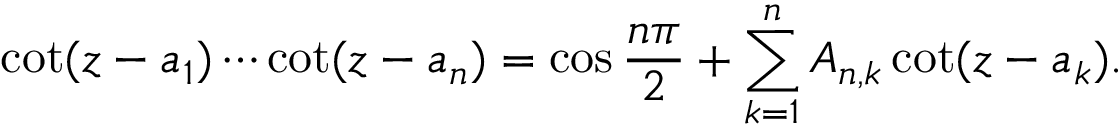
\cot ( z - a _ { 1 } ) \cdots \cot ( z - a _ { n } ) = \cos { \frac { n \pi } { 2 } } + \sum _ { k = 1 } ^ { n } A _ { n , k } \cot ( z - a _ { k } ) .